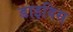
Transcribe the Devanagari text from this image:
डाइविस